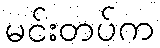
မင်းတပ်က